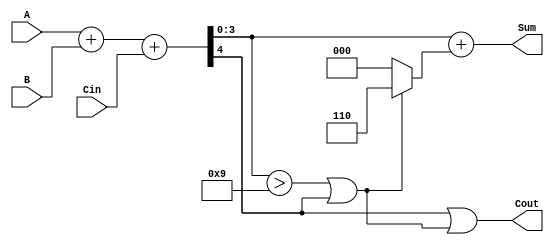
module BCD_Adder (
    input  [3:0] A,     // First BCD digit
    input  [3:0] B,     // Second BCD digit
    input        Cin,    // Carry input
    output [3:0] Sum,    // Resulting BCD digit
    output       Cout     // Carry output
);

    wire [4:0] S;            // 5-bit sum to accommodate carry
    wire correction_needed;   // Flag for BCD correction

    // Step 1: Binary addition of A, B, and Cin
    assign S = A + B + Cin;

    // Step 2: Determine if correction is needed
    assign correction_needed = (S[3:0] > 4'b1001) || S[4];

    // Step 3: Apply correction if necessary
    assign Sum = S[3:0] + (correction_needed ? 4'b0110 : 4'b0000);
    
    // Step 4: Calculate carry out
    assign Cout = S[4] || correction_needed;

endmodule